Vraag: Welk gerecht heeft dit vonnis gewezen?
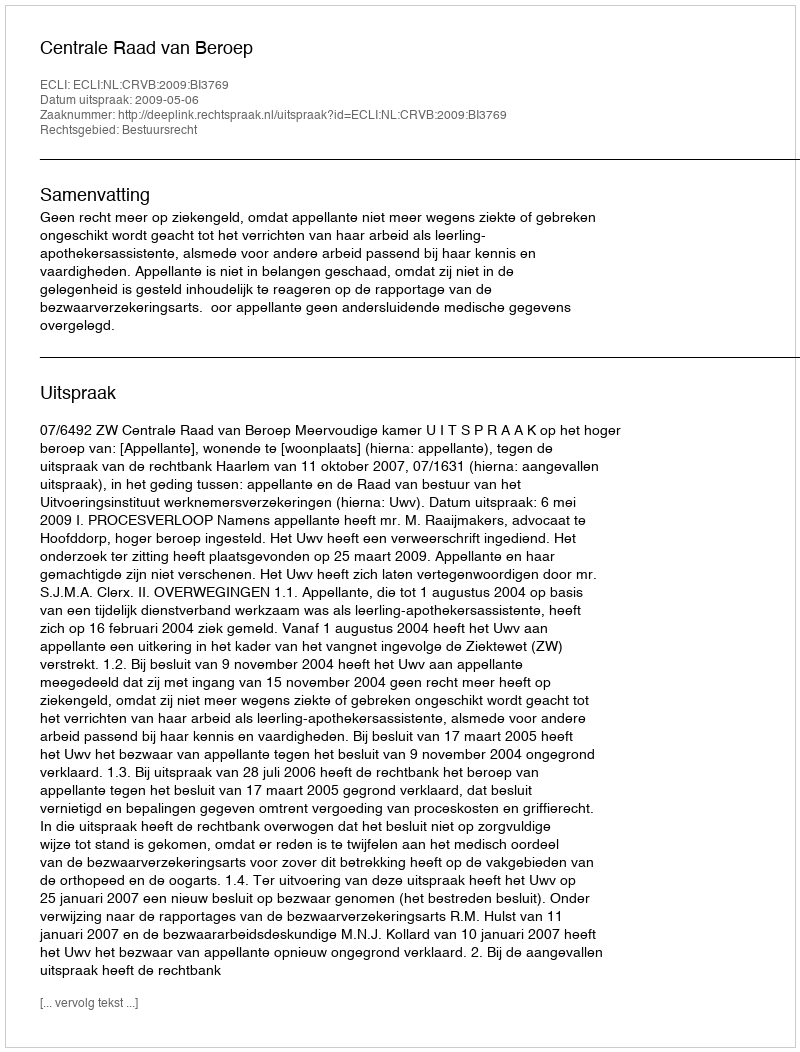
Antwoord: Centrale Raad van Beroep